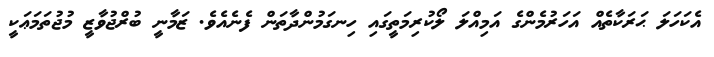
އެކަހަލަ ޙަރަކާތެއް އަހަރުމެންގެ އަމިއްލަ ލޯކުރިމަތީގައި ހިނގަމުންދާތަން ފެނެއެވެ. ޒަމާނީ ބުރްޖުވާޒީ މުޖުތަމަޢަކީ